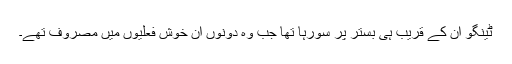
ٹینگو ان کے قریب ہی بستر پر سورہا تھا جب وہ دونوں ان خوش فعلیوں میں مصروف تھے۔